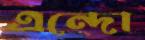
এন্দো